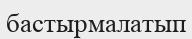
бастырмалатып